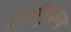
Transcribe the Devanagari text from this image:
स्त्रीपुरूष